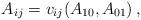
LaTeX: \begin{align*} A_{ij}=v_{ij}(A_{10},A_{01})\,, \end{align*}